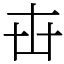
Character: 𠦔